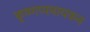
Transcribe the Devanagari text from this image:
कृष्णप्पनायकन